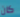
كان